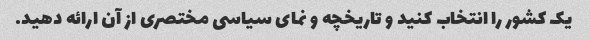
یک کشور را انتخاب کنید و تاریخچه و نمای سیاسی مختصری از آن ارائه دهید.